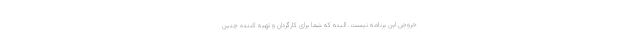
خروجی این برنامه نیست. البته که شما برای کارگردان و تهیه کننده چنین